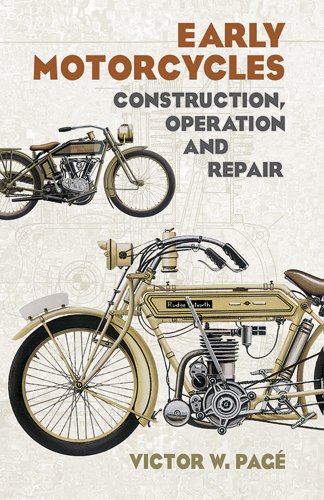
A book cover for Early Motorcycles: Construction, Operation and Repair (Dover Transportation); Victor W. Page; Crafts, Hobbies & Home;